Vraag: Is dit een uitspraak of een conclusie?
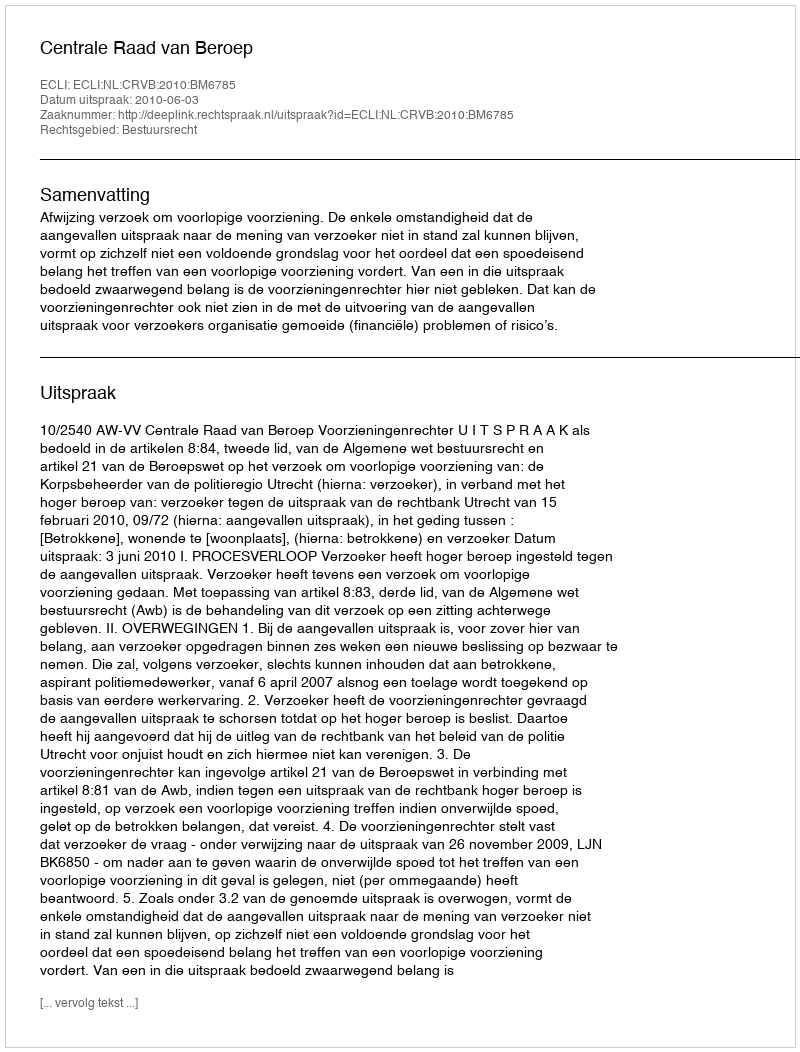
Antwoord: Uitspraak